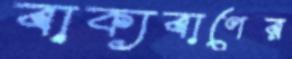
বাক্যবাণের